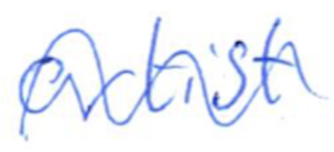
Text: artist
Cross-out: wave
Writing tool: ballpoint